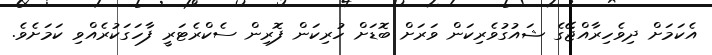
އެކަމަށް ދިވެހިރާއްޖޭގެ ޝައުގުވެރިކަން ވަރަށް ބޮޑަށް ހުރިކަން ފޮރިން ސެކްރެޓަރީ ފާހަގަކުރެއްވި ކަމަށެވެ.